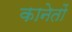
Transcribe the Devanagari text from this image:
कानेतों